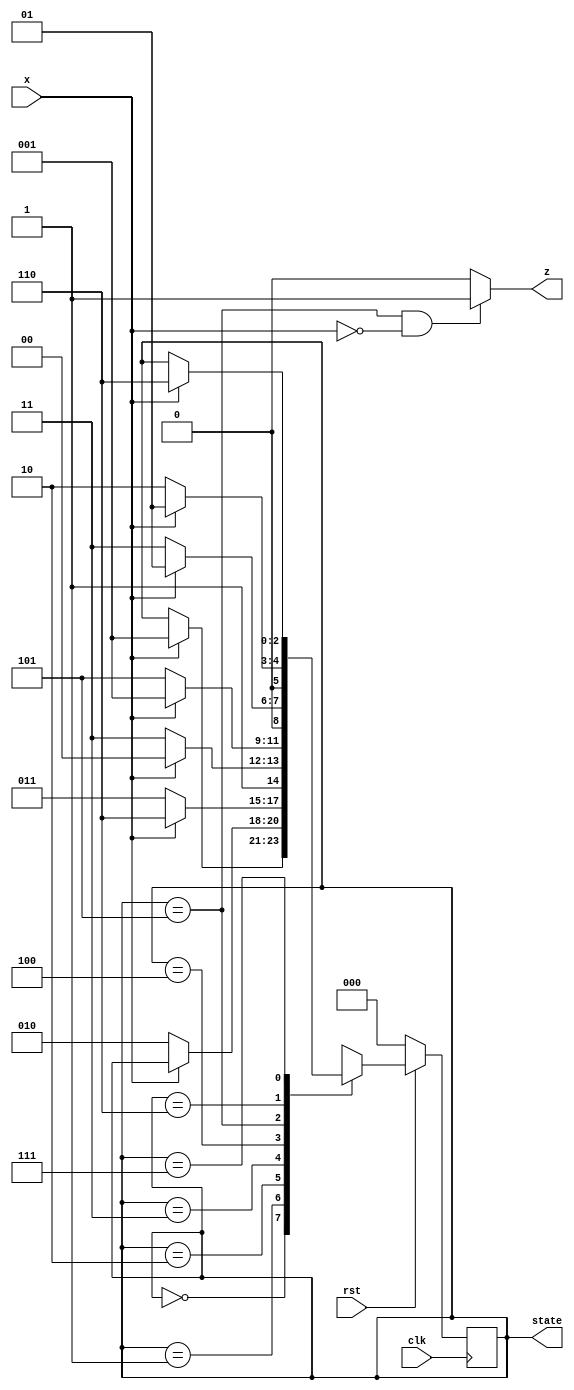

/*
                   _ooOoo_
                  o8888888o
                  88" . "88
                  (| -_- |)
                  O\  =  /O
               ____/`---'\____
             .'  \\|     |//  `.
            /  \\|||  :  |||//  \
           /  _||||| -:- |||||-  \
           |   | \\\  -  /// |   |
           | \_|  ''\---/''  |   |
           \  .-\__  `-`  ___/-. /
         ___`. .'  /--.--\  `. . __
      ."" '<  `.___\_<|>_/___.'  >'"".
     | | :  `- \`.;`\ _ /`;.`/ - ` : | |
     \  \ `-.   \_ __\ /__ _/   .-` /  /
======`-.____`-.___\_____/___.-`____.-'======
                   `=---='
^^^^^^^^^^^^^^^^^^^^^^^^^^^^^^^^^^^^^^^^^^^^^
                BUG
*/
`timescale 1ns/100ps
module seqdet(x,z,clk,rst,state);
input  x,clk,rst;
output z;
output[2:0] state;
reg[2:0] state;
wire z;

parameter IDLE='d0,  A='d1,  B='d2,
                     C='d3,  D='d4,
                     E='d5,  F='d6,
                     G='d7;
            
assign  z = ( state==E && x==0 )? 1 : 0;   
//x 100100Ez 
always @(posedge clk)
   if(!rst)
          begin
          state <= IDLE;
          end
   else
          casex(state)
            IDLE : if(x==1)   //,A
                       begin  
                          state <= A;
                       end
            A:     if(x==0)   //,B
                       begin
                          state <= B;
                       end
            B:     if(x==0)   //C
                       begin
                          state <= C;
                       end
                    else      //,F
                       begin
                          state <= F;
                       end
            C:      if(x==1)  //
                       begin
                          state <= D;
                       end
                    else    //G
                       begin
                          state <= G;
                       end
            D:      if(x==0) //,E
                       begin
                          state <= E; //z 
                       end
                    else  
        //,1,A
                       begin
                          state <= A;
                       end
            E:   if(x==0)  
        //x 100100C
                       begin
                          state <= C;
                       end
                    else  //1A
                       begin
                          state <= A;
                       end
            F:      if(x==1)  //1A
                       begin
                          state <= A;
                       end
                    else      //1B
                       begin
                          state <= B;
                       end
            G:      if(x==1)  //1A
                       begin
                          state <= F;
                       end
           default:state=IDLE;      //
           endcase
endmodule